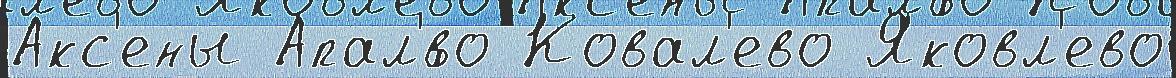
Акс'ены Апал'́во Ковал'ево Яковл'ево